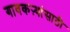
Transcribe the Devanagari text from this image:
गावकऱ्यांसाठी